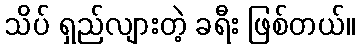
သိပ် ရှည်လျားတဲ့ ခရီး ဖြစ်တယ်။